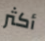
أكثر